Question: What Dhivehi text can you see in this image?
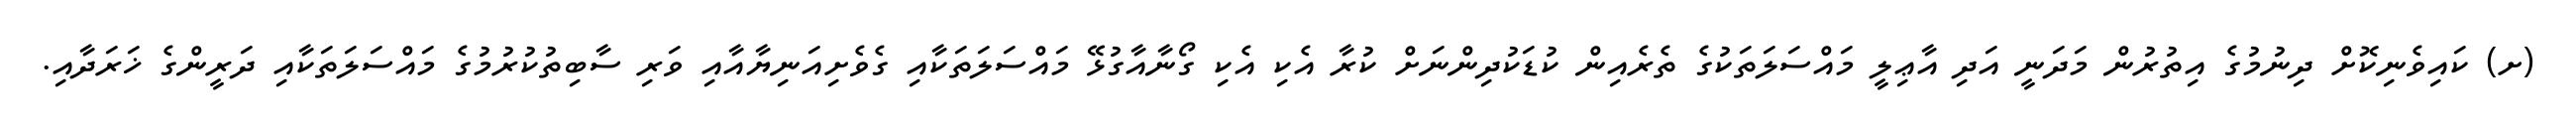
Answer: (ށ) ކައިވެނިކޮށް ދިނުމުގެ އިތުރުން މަދަނީ އަދި އާޢިލީ މައްސަލަތަކުގެ ތެރެއިން ކުޑަކުދިންނަށް ކުރާ އެކި އެކި ގޯނާއާގުޅޭ މައްސަލަތަކާއި ގެވެށިއަނިޔާއާއި ވަރި ސާބިތުކުރުމުގެ މައްސަލަތަކާއި ދަރީންގެ ޚަރަދާއި.